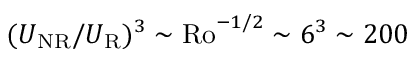
( U _ { \mathrm { N R } } / U _ { \mathrm { R } } ) ^ { 3 } \sim \mathrm { R o } ^ { - 1 / 2 } \sim 6 ^ { 3 } \sim 2 0 0